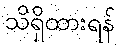
သိရှိထားရန်